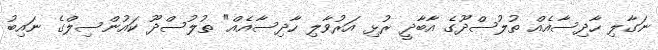
ނަގާލި ހާދިސާއެއް ތުލުސްދޫގެ އާބާދީ ރުޅި އަރުވާލި ހާދިސާއެއް" ތުލުސްދޫ ކައުންސިލްގެ ނައިބު